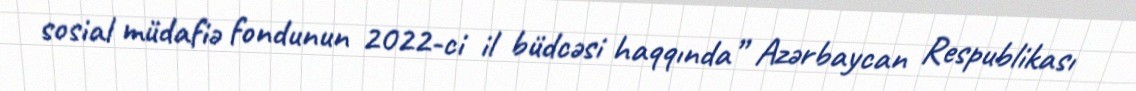
sosial müdafiə fondunun 2022-ci il büdcəsi haqqında” Azərbaycan Respublikası